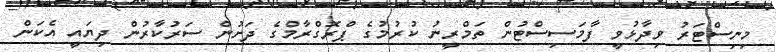
މިނިސްޓަރު ވިދާޅުވީ ފާމަސިސްޓުން ތަމްރީނު ކުރުމުގެ ޕްރޮގްރާމްގެ ދަށުން ސަރުކާރުން ދިޔައީ އެކަން